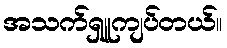
အသက်ရှူကျပ်တယ်။